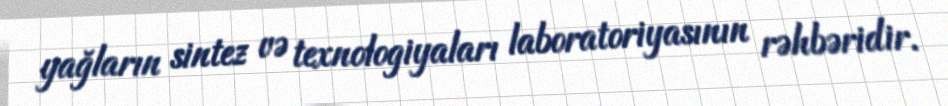
yağların sintez və texnologiyaları laboratoriyasının rəhbəridir.